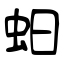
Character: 蚎